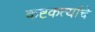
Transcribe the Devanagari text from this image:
कष्टकर्त्याचे